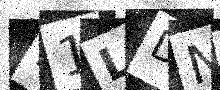
Text: B1LDNL